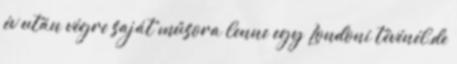
év után végre saját műsora lenne egy Londoni tévénél,de